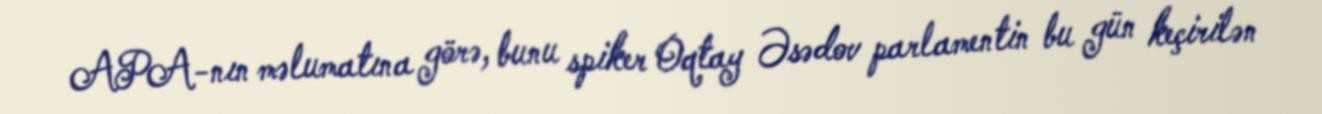
APA-nın məlumatına görə, bunu spiker Oqtay Əsədov parlamentin bu gün keçirilən